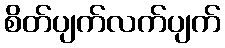
စိတ်ပျက်လက်ပျက်